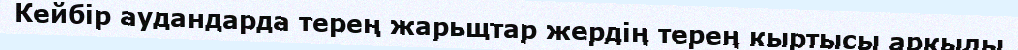
Кейбір аудандарда терең жарьщтар жердің терең кыртысы аркылы